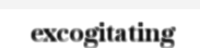
excogitating